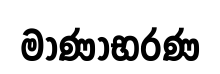
මාණාභරණ